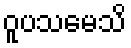
ဝူပသမေသိ